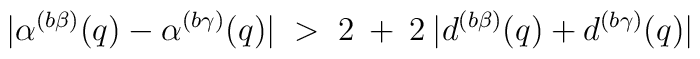
|\alpha^{(b \beta)}(q) - \alpha^{(b \gamma)}(q)| \;>\;2 \:+\: 2 \:|d^{(b \beta)}(q) + d^{(b \gamma)}(q)|